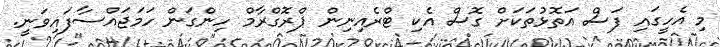
މި އެހީގައި ފަސް އަތޮޅުތަކަށް ގޮސް އެކި ޓްރެއިނިން ޕްރޮގްރާމް ހިންގަން ހަމަޖައްސާފައިވަނީ.